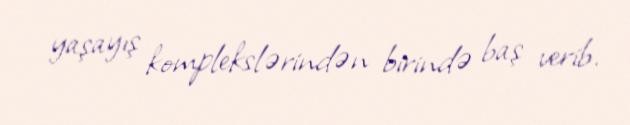
yaşayış komplekslərindən birində baş verib.